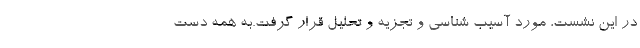
در این نشست، مورد آسیب شناسی و تجزیه و تحلیل قرار گرفت.به همه دست